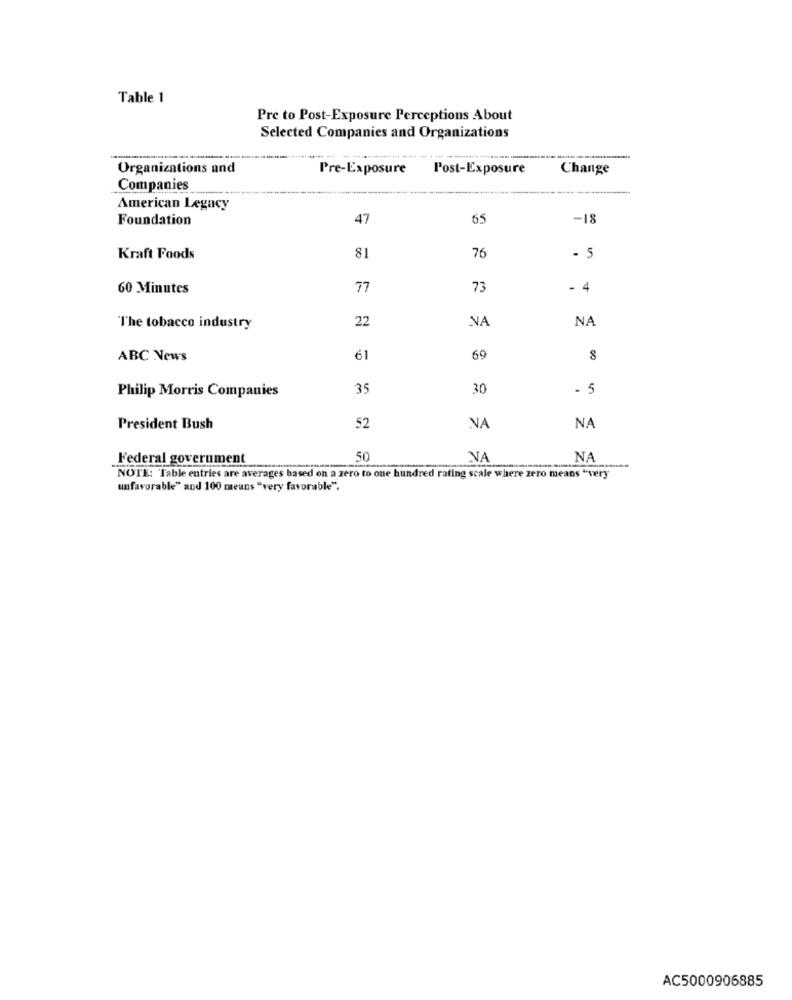
Table 1
Pre to Post-Exposure Perceptions About
Selected Companies and Organizations
Organizations and
Pre-Exposure
Post-Exposure
Change
Companies
American Legacy
Foundation
47
65
-18
Kraft Foods
81
76
5
60 Minutes
77
73
4
NA
The tobacco industry
22
NA
ABC News
61
69
Philip Morris Companies
35
30
- 5
President Bush
52
NA
NA
Federal government
50
NA
NA
NOTE: Table entries are averages based on a zero to one hundred rating scale where zero means "very
unfavorable" and 100 means "very favorable".
AC5000906885